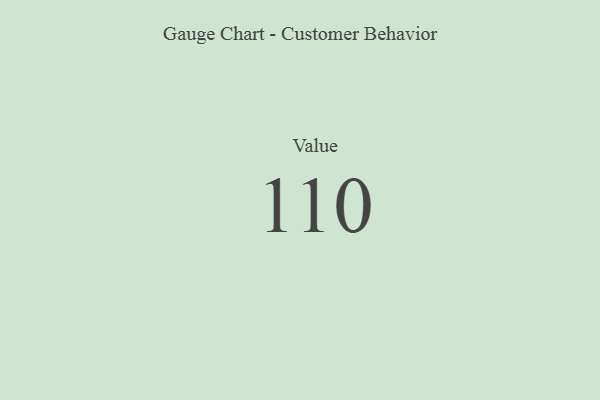
{"axis": {"x": "Metric", "y": "Value"}, "legend": [""], "data": [{"x": "Value", "y": 110, "type": ""}]}